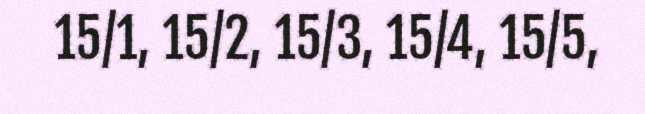
15/1, 15/2, 15/3, 15/4, 15/5,